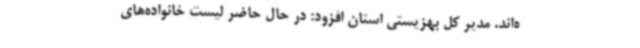
ه‌اند. مدیر کل بهزیستی استان افزود: در حال حاضر لیست خانواده‌های